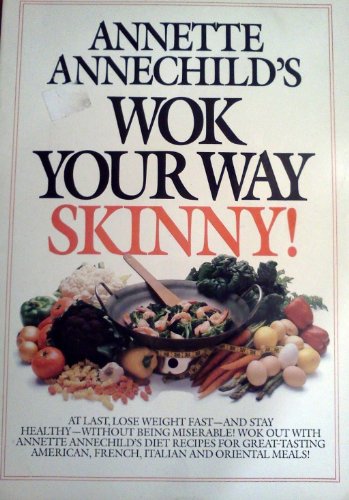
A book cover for Annette Annechild's Wok Your Way Skinny; Annette Annechild; Cookbooks, Food & Wine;